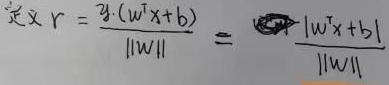
定义 \( r = \frac{\text{sgn}(w^{\top}x + b)}{\|w\|} = \frac{|w^{\top}x + b|}{\|w\|} \)